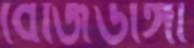
বেজিডাঙ্গা